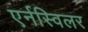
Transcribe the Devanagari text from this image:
एर्नस्विलर